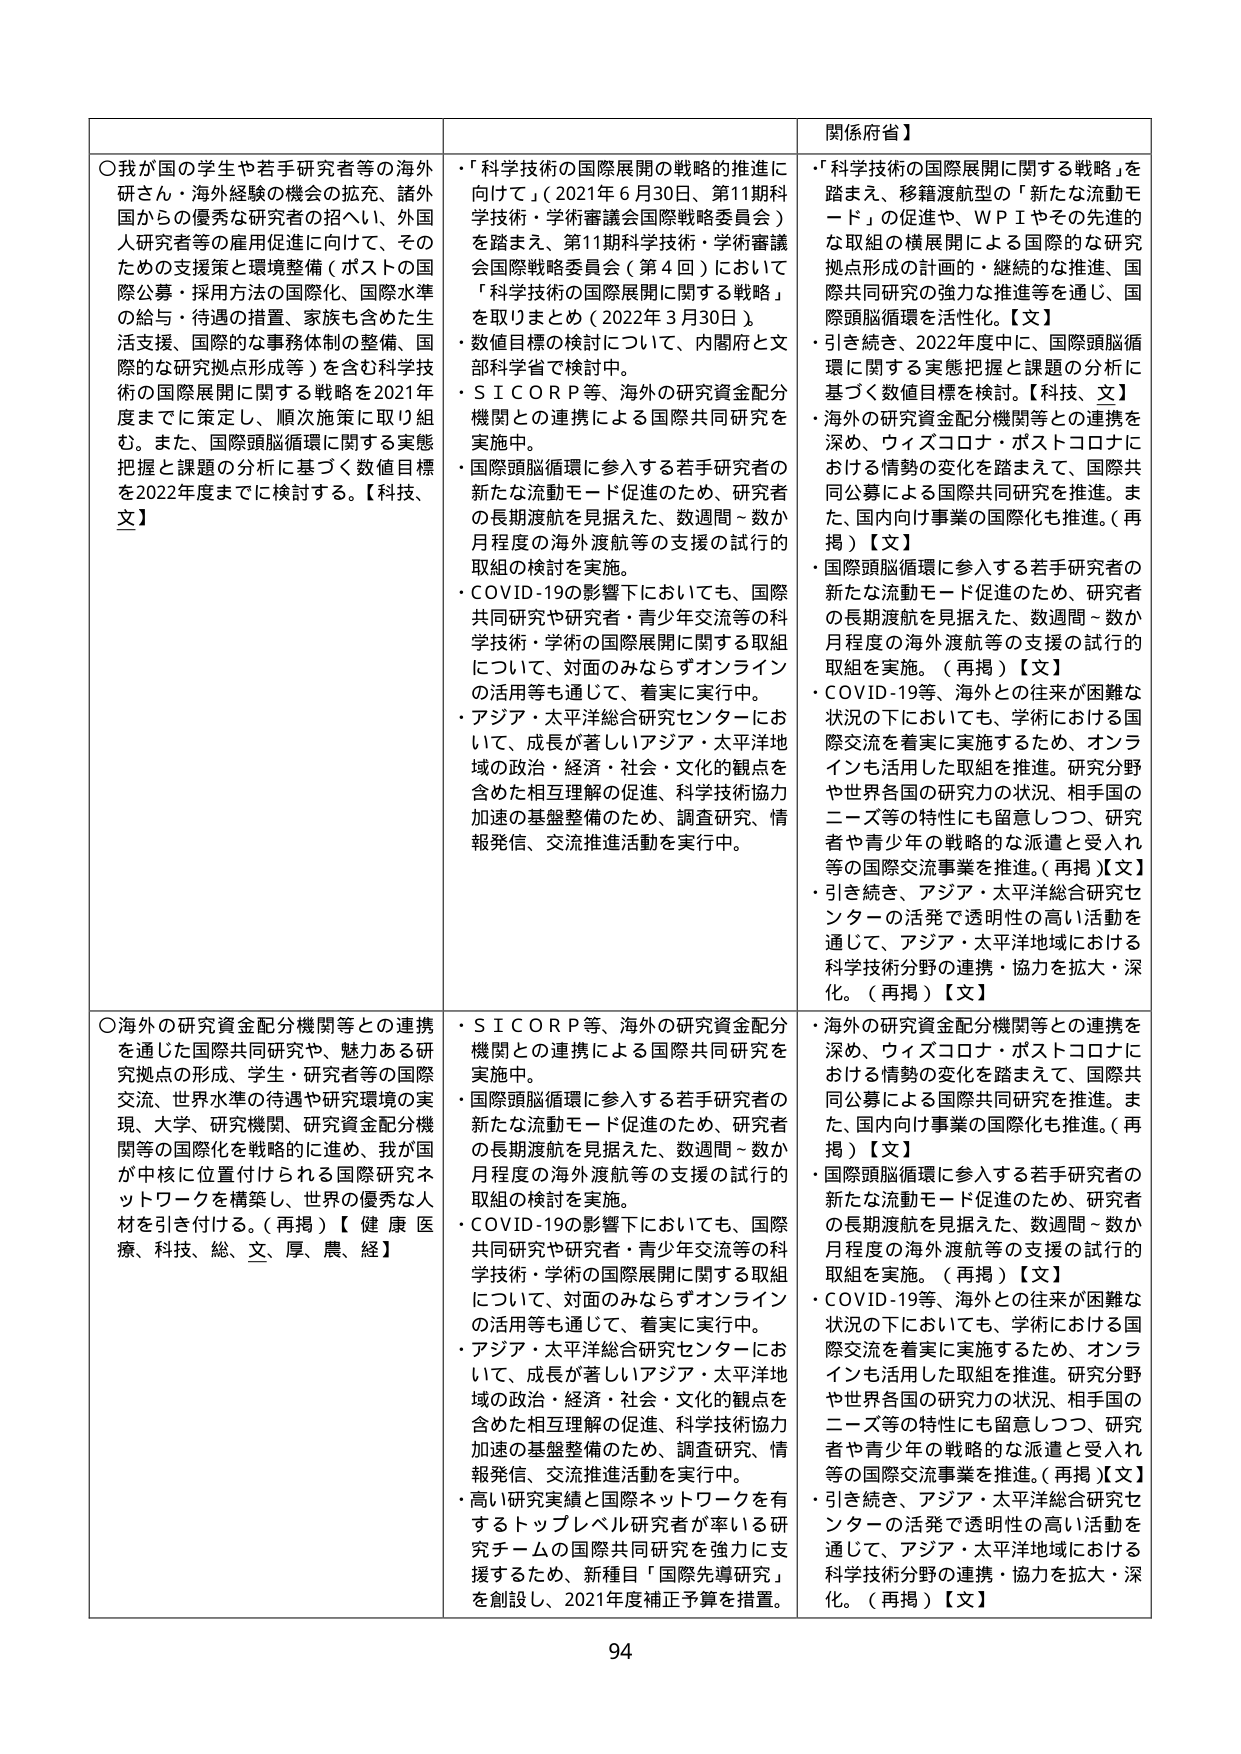
○我が国の学生や若手研究者等の海外研さん・海外経験の機会の拡充、諸外国からの優秀な研究者の招へい、外国人研究者等の雇用促進に向けて、そのための支援策と環境整備（ポストの国際公募・採用方法の国際化、国際水準の給与・待遇の措置、家族も含めた生活支援、国際的な事務体制の整備、国際的な研究拠点形成等）を含む科学技術の国際展開に関する戦略を2021年度までに策定し、順次施策に取り組む。また、国際頭脳循環に関する実態把握と課題の分析に基づく数値目標を2022年度までに検討する。【科技、文】

・「科学技術の国際展開の戦略の推進に向けて」（2021年6月30日、第11期科学技術・学術審議会国際戦略委員会）を踏まえ、第11期科学技術・学術審議会国際戦略委員会（第4回）において「科学技術の国際展開に関する戦略」を取りまとめ（2022年3月30日）。
・数値目標の検討について、内閣府と文部科学省で検討中。
・ＳＩＣＯＲＰ等、海外の研究資金配分機関との連携による国際共同研究を実施中。
・国際頭脳循環に参入する若手研究者の新たな流動モード促進のため、研究者の長期渡航を見据えた、数週間～数か月程度の海外渡航等の支援の試行的取組の検討を実施。
・COVID-19の影響下においても、国際共同研究や研究者・青少年交流等の科学技術・学術の国際展開に関する取組について、対面のみならずオンラインの活用等も通じて、着実に実行中。
・アジア・太平洋総合研究センターにおいて、成長が著しいアジア・太平洋地域の政治・経済・社会・文化的観点を含めた相互理解の促進、科学技術協力加速の基盤整備のため、調査研究、情報発信、交流推進活動を実行中。

関係府省】
・「科学技術の国際展開に関する戦略」を踏まえ、移籍渡航型の「新たな流動モード」の促進や、ＷＰＩやその先進的な取組の横展開による国際的な研究拠点形成の計画的・継続的な推進、国際共同研究の強力な推進等を通じ、国際頭脳循環を活性化。【文】
・引き続き、2022年度中に、国際頭脳循環に関する実態把握と課題の分析に基づく数値目標を検討。【科技、文】
・海外の研究資金配分機関等との連携を深め、ウィズコロナ・ポストコロナにおける情勢の変化を踏まえて、国際共同公募による国際共同研究を推進。また、国内向け事業の国際化も推進。（再掲）【文】
・国際頭脳循環に参入する若手研究者の新たな流動モード促進のため、研究者の長期渡航を見据えた、数週間～数か月程度の海外渡航等の支援の試行的取組を実施。（再掲）【文】
・COVID-19等、海外との往来が困難な状況の下においても、学術における国際交流を着実に実施するため、オンラインも活用した取組を推進。研究分野や世界各国の研究力の状況、相手国のニーズ等の特性にも留意しつつ、研究者や青少年の戦略的な派遣と受入れ等の国際交流事業を推進。（再掲）【文】
・引き続き、アジア・太平洋総合研究センターの活発で透明性の高い活動を通じて、アジア・太平洋地域における科学技術分野の連携・協力を拡大・深化。（再掲）【文】

○海外の研究資金配分機関等との連携を通じた国際共同研究や、魅力ある研究拠点の形成、学生・研究者等の国際交流、世界水準の待遇や研究環境の実現、大学、研究機関、研究資金配分機関等の国際化を戦略的に進め、我が国が中核に位置付けられる国際研究ネットワークを構築し、世界の優秀な人材を引き付ける。（再掲）【健康医療、科技、総、文、厚、農、経】

・ＳＩＣＯＲＰ等、海外の研究資金配分機関との連携による国際共同研究を実施中。
・国際頭脳循環に参入する若手研究者の新たな流動モード促進のため、研究者の長期渡航を見据えた、数週間～数か月程度の海外渡航等の支援の試行的取組の検討を実施。
・COVID-19の影響下においても、国際共同研究や研究者・青少年交流等の科学技術・学術の国際展開に関する取組について、対面のみならずオンラインの活用等も通じて、着実に実行中。
・アジア・太平洋総合研究センターにおいて、成長が著しいアジア・太平洋地域の政治・経済・社会・文化的観点を含めた相互理解の促進、科学技術協力加速の基盤整備のため、調査研究、情報発信、交流推進活動を実行中。
・高い研究実績と国際ネットワークを有するトップレベル研究者が率いる研究チームの国際共同研究を強力に支援するため、新種目「国際先導研究」を創設し、2021年度補正予算を措置。

・海外の研究資金配分機関等との連携を深め、ウィズコロナ・ポストコロナにおける情勢の変化を踏まえて、国際共同公募による国際共同研究を推進。また、国内向け事業の国際化も推進。（再掲）【文】
・国際頭脳循環に参入する若手研究者の新たな流動モード促進のため、研究者の長期渡航を見据えた、数週間～数か月程度の海外渡航等の支援の試行的取組を実施。（再掲）【文】
・COVID-19等、海外との往来が困難な状況の下においても、学術における国際交流を着実に実施するため、オンラインも活用した取組を推進。研究分野や世界各国の研究力の状況、相手国のニーズ等の特性にも留意しつつ、研究者や青少年の戦略的な派遣と受入れ等の国際交流事業を推進。（再掲）【文】
・引き続き、アジア・太平洋総合研究センターの活発で透明性の高い活動を通じて、アジア・太平洋地域における科学技術分野の連携・協力を拡大・深化。（再掲）【文】

94